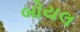
બોયલ